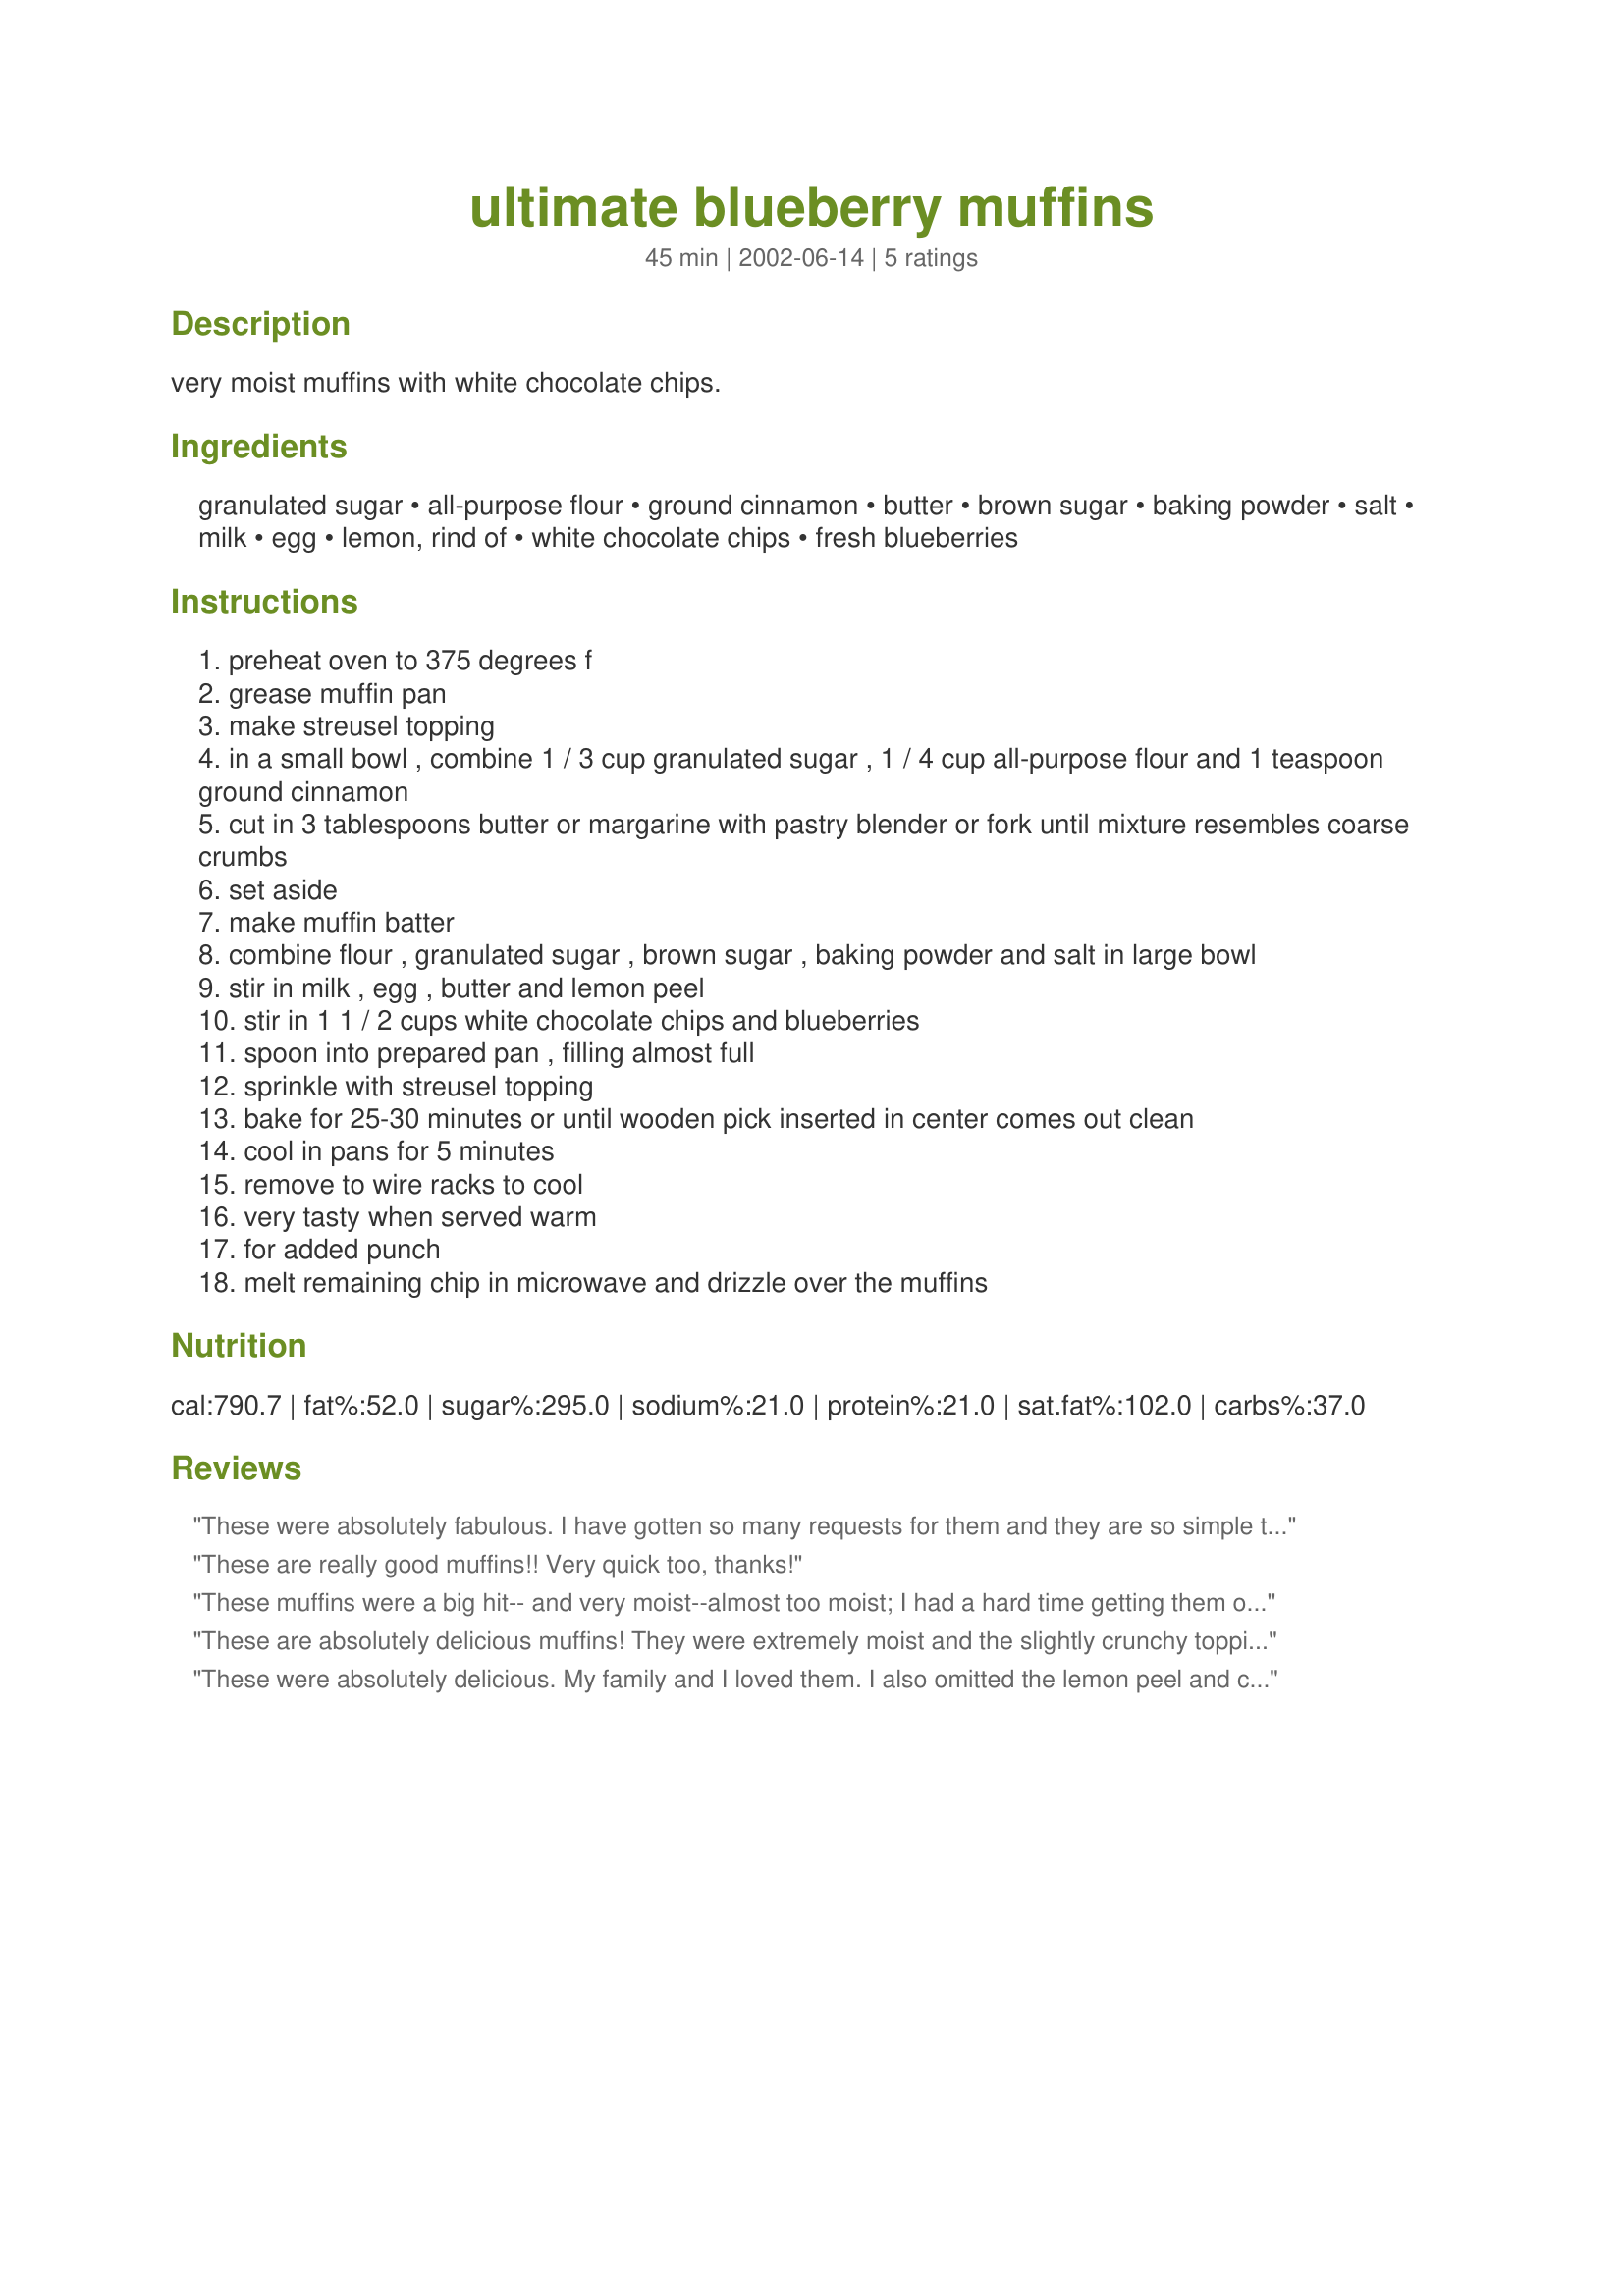
ultimate blueberry muffins
Preparation time: 45 minutes

very moist muffins with white chocolate chips.

Ingredients:
granulated sugar, all-purpose flour, ground cinnamon, butter, brown sugar, baking powder, salt, milk, egg, lemon, rind of, white chocolate chips, fresh blueberries

Steps:
preheat oven to 375 degrees f
grease muffin pan
make streusel topping
in a small bowl , combine 1 / 3 cup granulated sugar , 1 / 4 cup all-purpose flour and 1 teaspoon ground cinnamon
cut in 3 tablespoons butter or margarine with pastry blender or fork until mixture resembles coarse crumbs
set aside
make muffin batter
combine flour , granulated sugar , brown sugar , baking powder and salt in large bowl
stir in milk , egg , butter and lemon peel
stir in 1 1 / 2 cups white chocolate chips and blueberries
spoon into prepared pan , filling almost full
sprinkle with streusel topping
bake for 25-30 minutes or until wooden pick inserted in center comes out clean
cool in pans for 5 minutes
remove to wire racks to cool
very tasty when served warm
for added punch
melt remaining chip in microwave and drizzle over the muffins

Reviews:
These were absolutely fabulous. I have gotten so many requests for them and they are so simple to make. I however omit the white chocolate chips and the zest without anyone the wiser. Some of my friends said I should make them and sell them. If I could I would give this recipe at least 10 stars.
These are really good muffins!! Very quick too, thanks!
These muffins were a big hit-- and very moist--almost too moist; I had a hard time getting them out of the pan. It would even make a good cobbler with vanilla ice cream!!lol The recipe says it only makes 6 muffins, but it really does make 12.
These are absolutely delicious muffins! They were extremely moist and the slightly crunchy topping was marvelous. I got 9 muffins out of the recipe, and I did fill the cups to the top. However, I used cupcake tins. If there is something specifically called "muffin tins", maybe the cups are larger and you would only get 6. They still took 30 minutes baking time. The only thing I didn't follow exactly was the amount of white chocolate chips. I only had a cup, so that is what I added :) I am posting a picture that I am sure will not do them justice, but you can still see they look yummy! Thanks for a great recipe!
These were absolutely delicious. My family and I loved them. I also omitted the lemon peel and choc chips. One bit of advice - do as the recipe suggests and grease the muffin tins rather than using the holders, as the streusel topping will drizzle while baking making it difficult to separate from the holder. This recipe made 12 big muffins. Thanks again for posting!!!
